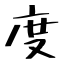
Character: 度